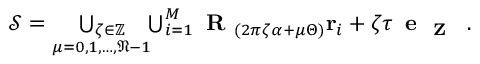
\begin{array} { r } { \mathcal { S } = \underset { \mu = 0 , 1 , \dots , \mathfrak { N } - 1 } { \bigcup _ { \zeta \in \mathbb { Z } } } \! \! \bigcup _ { i = 1 } ^ { M } { \textbf { R } } _ { ( 2 \pi \zeta \alpha + \mu \Theta ) } \mathbf { r } _ { i } + \zeta \tau \, \textbf { e \textsubscript { Z } } \, . } \end{array}